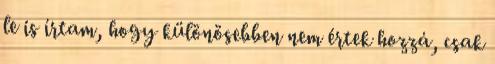
le is írtam, hogy különösebben nem értek hozzá, csak